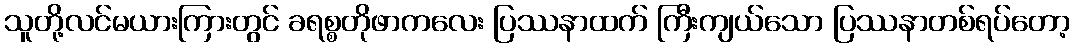
သူတို့လင်မယားကြားတွင် ခရစ္စတိုဖာကလေး ပြဿနာထက် ကြီးကျယ်သော ပြဿနာတစ်ရပ်တော့